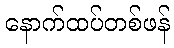
နောက်ထပ်တစ်ဖန်